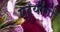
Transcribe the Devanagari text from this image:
प्रयोंगो